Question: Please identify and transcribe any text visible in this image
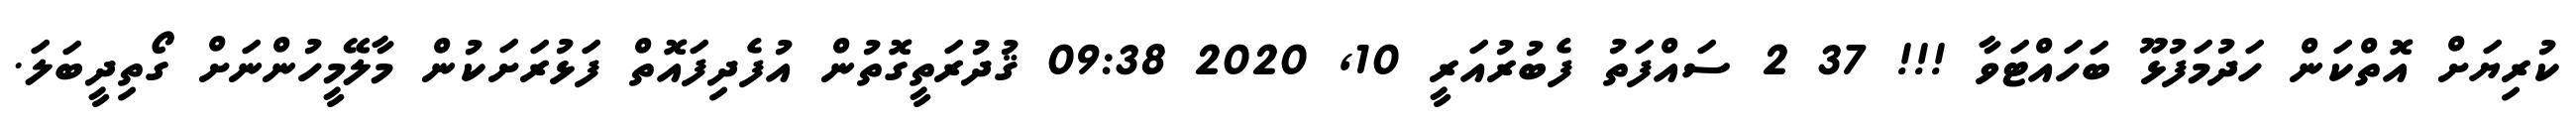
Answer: ކުރިޔަށް އޮތްކަން ހަދުމަފުޅޫ ބަހައްޓަވާ !!! 37 2 ސައްފަތު ފެބުރުއަރީ 10, 2020 09:38 ޤުދުރަތީގޮތުން އުފެދިފައޮތް ފަޅުރަށަކުން މާލޭމީހުންނަށް ގޯތިދީބަލަ.